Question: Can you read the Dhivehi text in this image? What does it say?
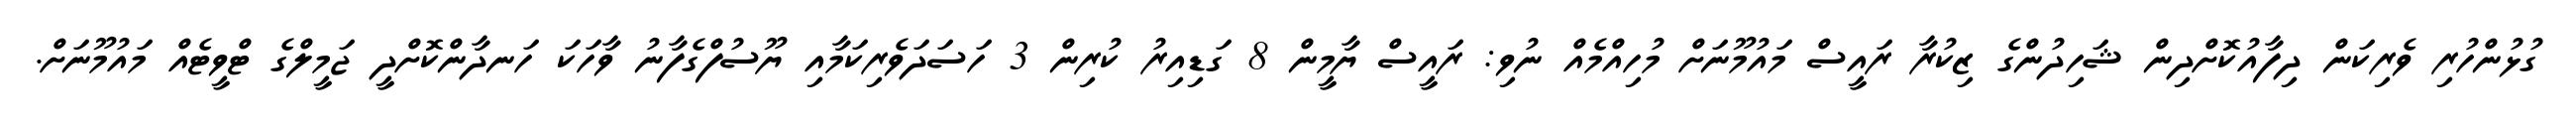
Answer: ގުޅުންހުރި ވެރިކަން ދިފާއުކޮށްދިން ޝަހިދުންގެ ޒިކުރާ ރައީސް މައުމޫނަށް މުހިއްމެއް ނުވި: ރައީސް ޔާމީން 8 ގަޑިއިރު ކުރިން 3 ހަސަދަވެރިކަމާއި ޔޫސުފްގެފާނު ވާހަކަ ހަނދާންކޮށްދީ ޖަމީލްގެ ޓްވީޓެއް މައުމޫނަށް.